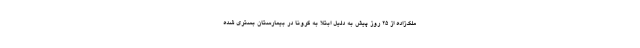
ملک‌زاده از ۲۵ روز پیش به دلیل ابتلا به کرونا در بیمارستان بستری شده